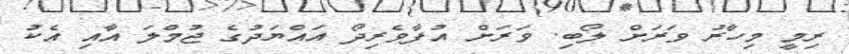
ރިމީ މިހާރު ވަރަށް ލޯބި. ވަރަށް އުފާވެރިދޯ އައްޔަދުގެ ޖުމްލަ އާއި އެކު